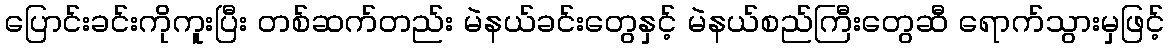
ပြောင်းခင်းကိုကူးပြီး တစ်ဆက်တည်း မဲနယ်ခင်းတွေနှင့် မဲနယ်စည်ကြီးတွေဆီ ရောက်သွားမှဖြင့်